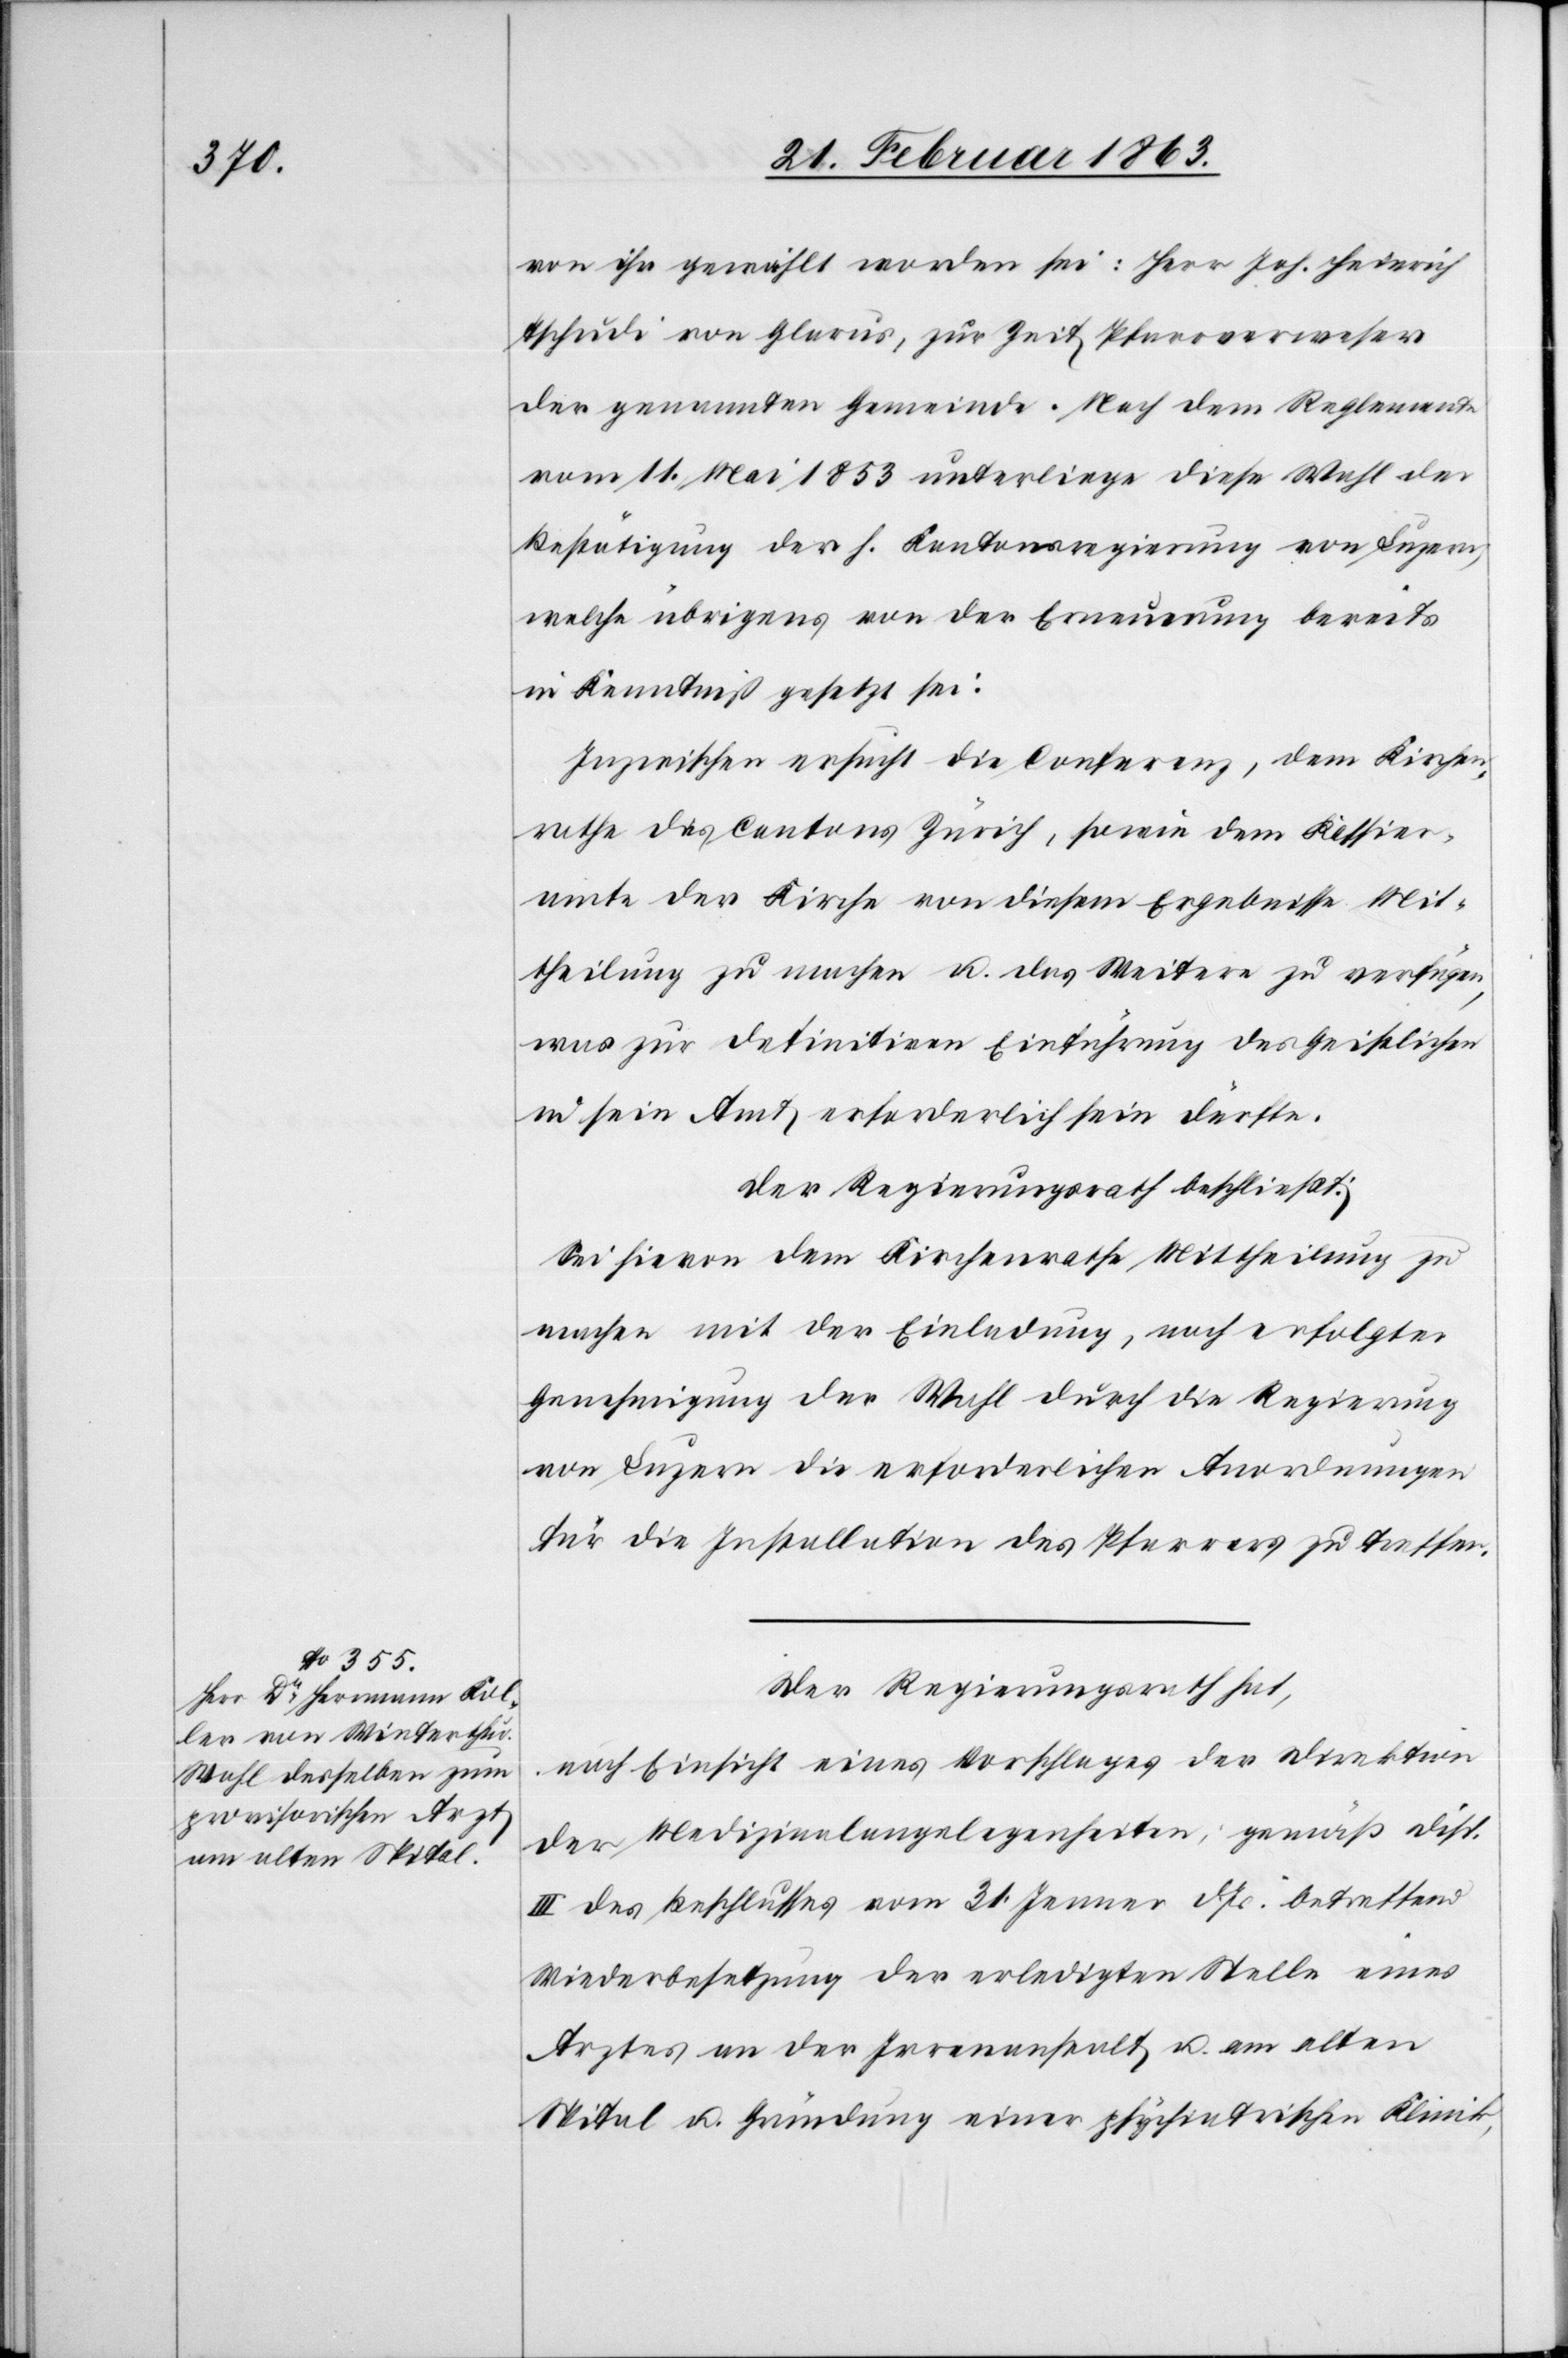
von ihr gewählt worden sei: Herr Joh. Heinrich
Tschudi von Glarus, zur Zeit Pfarrverweser
der genannten Gemeinde. Nach dem Reglemente
vom 11. Mai 1853 unterliege diese Wahl der
Bestätigung der h. Kantonsregierung von Luzern,
welche übrigens von der Erneuerung bereits
in Kenntniß gesetzt sei:
Inzwischen ersucht die Conferenz, dem Kirchen¬
rathe des Cantons Zürich, sowie dem Kassier¬
amte der Kirche von diesem Ergebnisse Mit¬
theilung zu machen u. das Weitere zu verfügen,
was zur definitiven Einführung des Geistlichen
in sein Amt erforderlich sein dürfte.
Der Regierungsrath beschließt:
Sei hievon dem Kirchenrathe Mittheilung zu
machen mit der Einladung, nach erfolgter
Genehmigung der Wahl durch die Regierung
von Luzern die erforderlichen Anordnungen
für die Installation des Pfarrers zu treffen.
Der Regierungsrath hat,
nach Einsicht eines Vorschlages der Direktion
der Medizinalangelegenheiten, gemäß Disp.
III des Beschlusses vom 31. Jenner d. Js. betreffend
Wiederbesetzung der erledigten Stelle eines
Arztes an der Irrenanstalt u. am alten
Spital u. Gründung einer psychiatrischen Klinik,